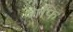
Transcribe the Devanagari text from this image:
शफि